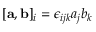
[ { \bf a } , { \bf b } ] _ { i } = \epsilon _ { i j k } a _ { j } b _ { k }